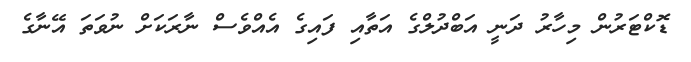
ޑޮކްޓަރުން މިހާރު ދަނީ އަބްދުލްގެ އަތާއި ފައިގެ އެއްވެސް ނާރަކަށް ނުވަތަ އޭނާގެ